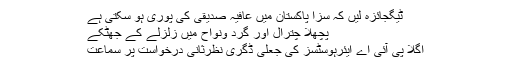
ٹیگجائزہ لیں کہ سزا پاکستان میں عافیہ صدیقی کی پوری ہو سکتی ہے
پچھلا چترال اور گرد ونواح میں زلزلے کے جھٹکے
اگلا پی آئی اے ایئرہوسٹسز کی جعلی ڈگری نظرثانی درخواست پر سماعت